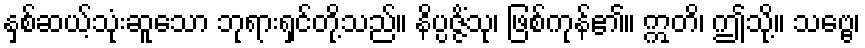
နှစ်ဆယ့်သုံးဆူသော ဘုရားရှင်တို့သည်။ နိပ္ပဇ္ဇိံသု၊ ဖြစ်ကုန်၏။ ဣတိ၊ ဤသို့။ သဗ္ဗေ၊